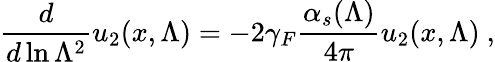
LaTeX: {\frac{d}{d\ln\Lambda^{2}}}u_{2}(x,\Lambda)=-2\gamma_{F}{\frac{\alpha_{s}(\Lambda)}{4\pi}}u_{2}(x,\Lambda)\ ,